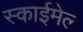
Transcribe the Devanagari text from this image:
स्काईमेल